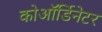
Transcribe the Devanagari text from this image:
कोऑर्डिनेटर